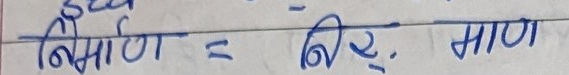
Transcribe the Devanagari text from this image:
निक्षेप = निरं. मापन